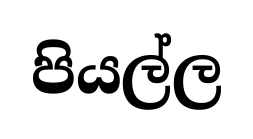
පියල්ල